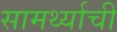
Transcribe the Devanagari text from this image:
सामर्थ्याची